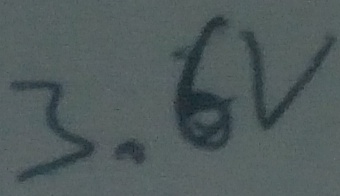
Text: 3.6V